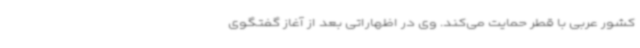
کشور عربی با قطر حمایت می‌کند. وی در اظهاراتی بعد از آغاز گفتگوی